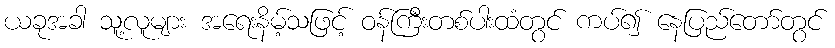
ယခုအခါ သူ့လူများ အရေးနိမ့်သဖြင့် ဝန်ကြီးတစ်ပါးထံတွင် ကပ်၍ နေပြည်တော်တွင်